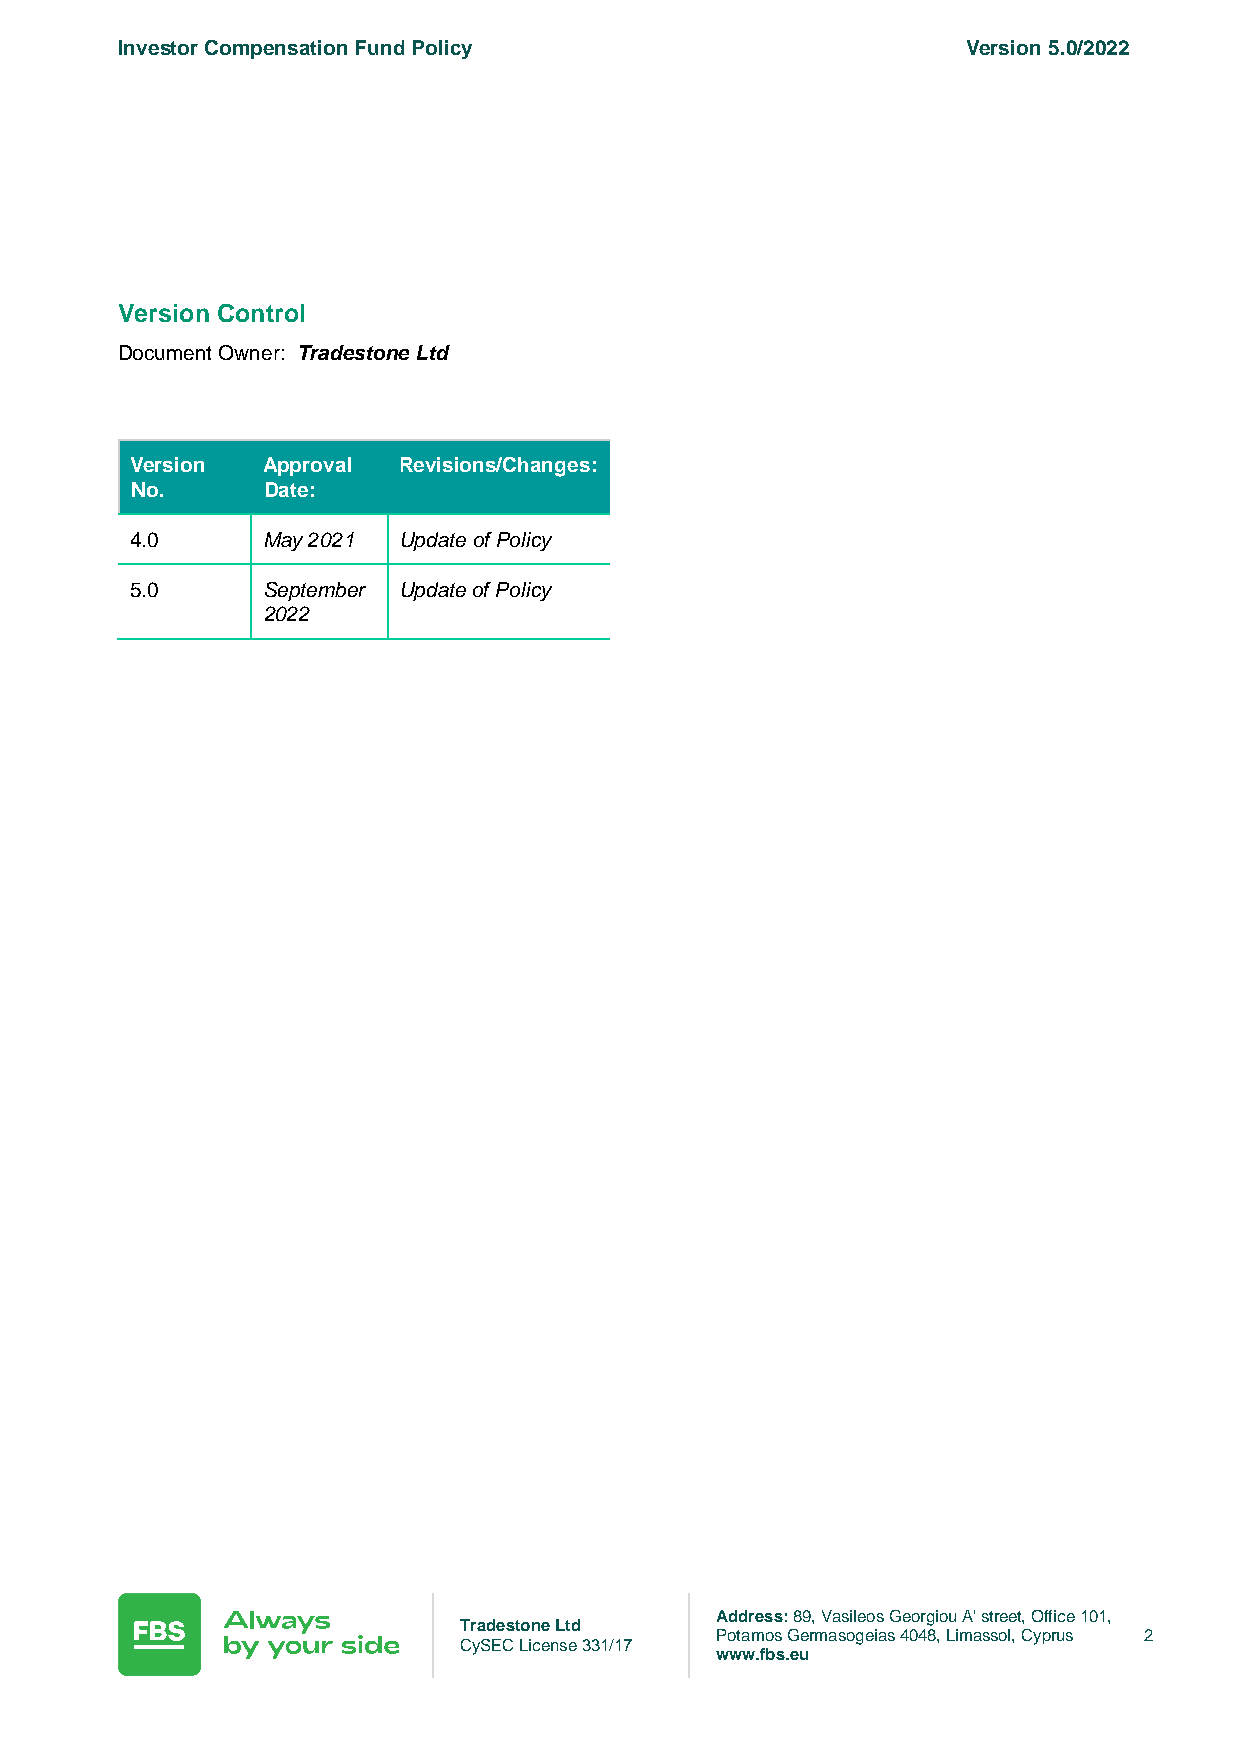
Investor Compensation Fund Policy                       Version 5.0/2022
 Version Control
 Document Owner: Tradestone Ltd
 Version Approval Revisions/Changes:
 No.     Date:
 4.0     May 2021 Update of Policy
 5.0     September Update of Policy
 2022
 Address: 89, Vasileos Georgiou A' street, Office 101,
 Tradestone Ltd
 Potamos Germasogeias 4048, Limassol, Cyprus 2
 CySEC License 331/17
 www.fbs.eu